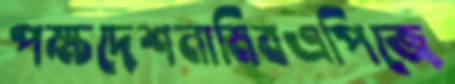
পক্ষদেশনামিবএপিজে